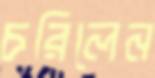
চরিলেন